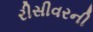
રીસીવરની